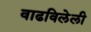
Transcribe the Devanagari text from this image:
वाढविलेली